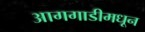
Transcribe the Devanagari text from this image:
आगगाडीमधून